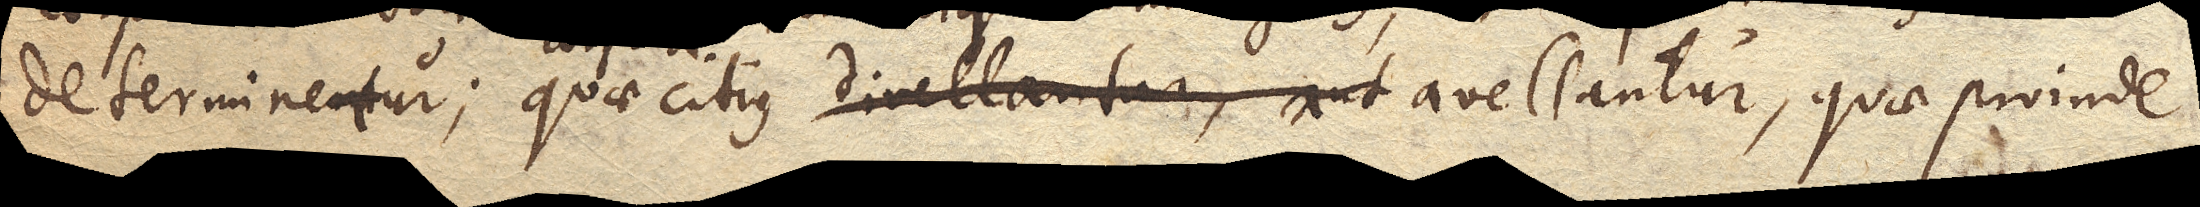
determinentur; quae citius divellantur, aut avellantur, quae proinde